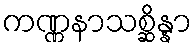
ကဏ္ဏနာသစ္ဆိန္နာ